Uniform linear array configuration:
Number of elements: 24
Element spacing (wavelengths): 0.5
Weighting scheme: cosine
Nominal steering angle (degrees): -15
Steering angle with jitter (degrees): -15.987
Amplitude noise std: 0.05
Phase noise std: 0.05

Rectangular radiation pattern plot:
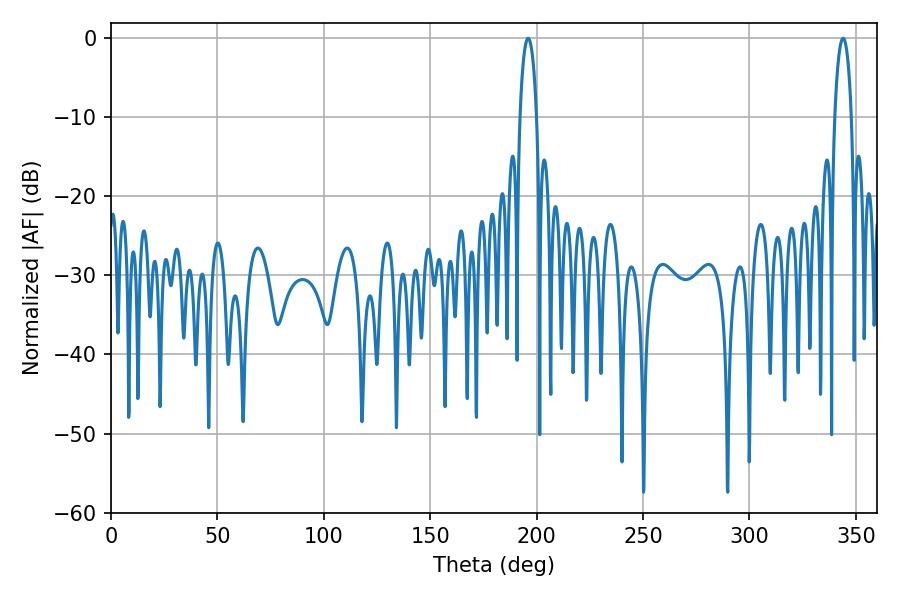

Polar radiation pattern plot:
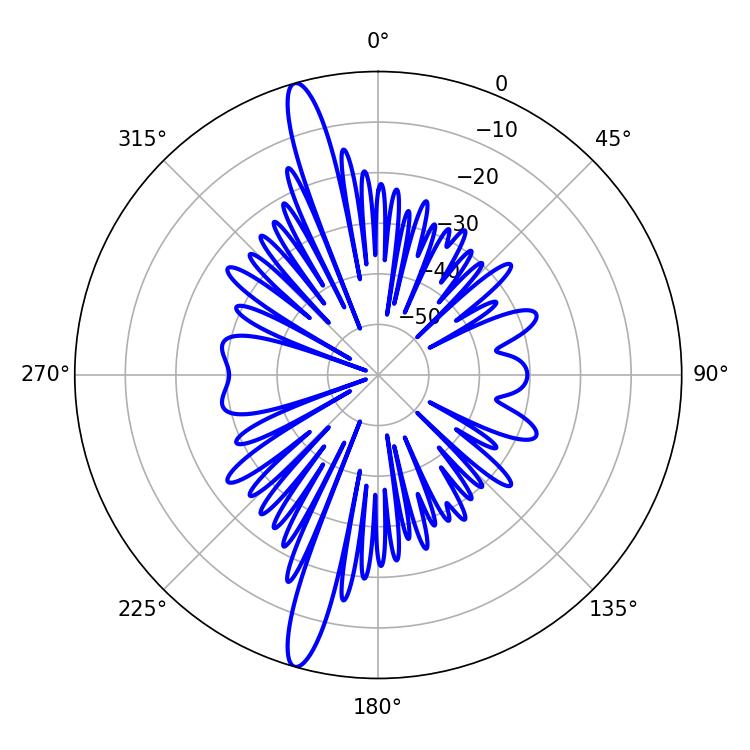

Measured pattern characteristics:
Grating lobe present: FALSE
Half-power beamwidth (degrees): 4.32
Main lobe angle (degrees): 196.02